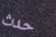
حدث